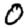
Digit: 0